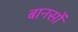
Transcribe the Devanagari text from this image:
बानसों